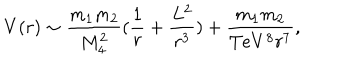
V ( r ) \sim \frac { m _ { 1 } m _ { 2 } } { M _ { 4 } ^ { 2 } } ( \frac { 1 } { r } + \frac { L ^ { 2 } } { r ^ { 3 } } ) + \frac { m _ { 1 } m _ { 2 } } { T e V ^ { 8 } r ^ { 7 } } ,